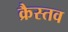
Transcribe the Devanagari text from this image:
क्रैस्तव